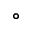
^ { \circ }